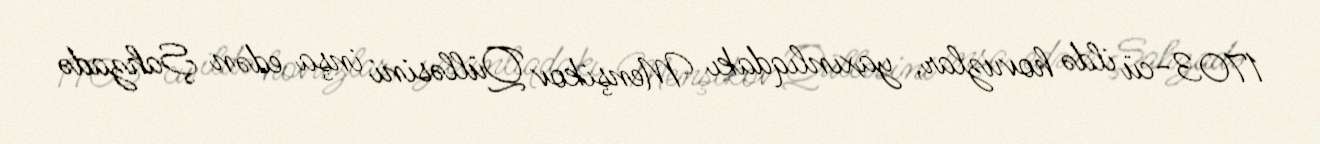
1703-cü ildə hovuzlar, yaxınlıqdakı Menşikov Qülləsini inşa edən Şahzadə